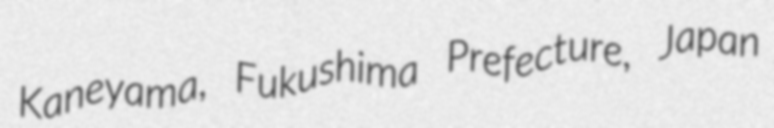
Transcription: Kaneyama, Fukushima Prefecture, Japan